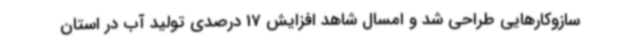
سازوکارهایی طراحی شد و امسال شاهد افزایش 17 درصدی تولید آب در استان